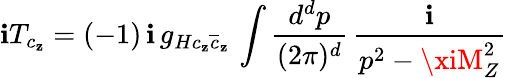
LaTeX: \mathbf{i}T_{c_{\mathbf{z}}}=(-1)\, \mathbf{i}\, g_{H{c_{\mathbf{z}}}{\overline{{{{c}}}}_{\mathbf{z}}}}\, \int\frac{{d^{d}p}}{{(2\pi)^{d}}}\, \frac{{\mathbf{i}}}{{p^{2}-\xiM_{Z}^{2}}}